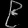
Digit: ၉